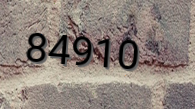
84910